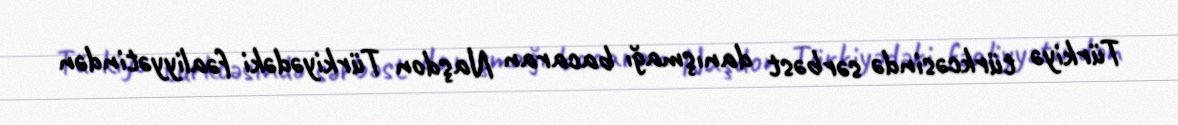
Türkiyə türkcəsində sərbəst danışmağı bacaran Naşdon Türkiyədəki fəaliyyətindən